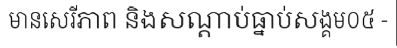
មានសេរីភាព និងសណ្តាប់ធ្នាប់សង្គម០៥ -